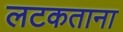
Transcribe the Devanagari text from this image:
लटकताना